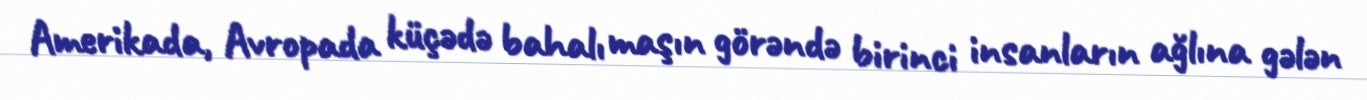
Amerikada, Avropada küçədə bahalı maşın görəndə birinci insanların ağlına gələn